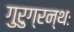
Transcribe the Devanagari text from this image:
गुरुग्रन्थः